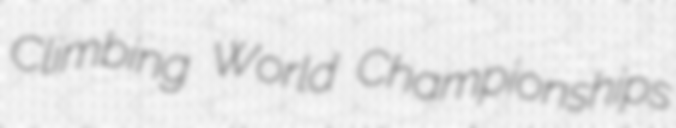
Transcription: Climbing World Championships